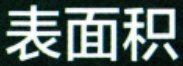
表面积